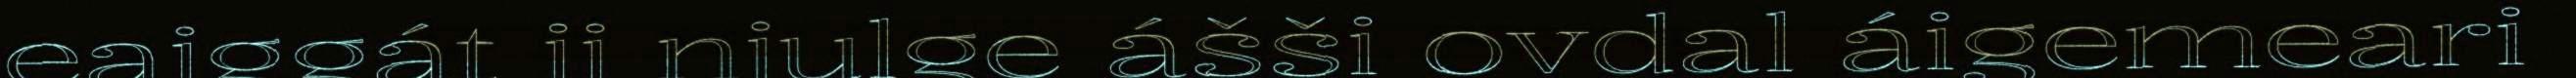
eaiggát ii njulge ášši ovdal áigemeari